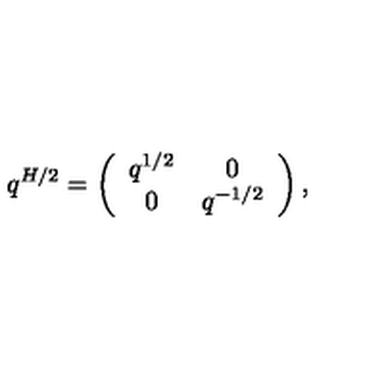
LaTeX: q ^ { H / 2 } = \left( \begin{array} { c c } { q ^ { 1 / 2 } } & { 0 } \\ { 0 } & { q ^ { - 1 / 2 } } \\ \end{array} \right) ,